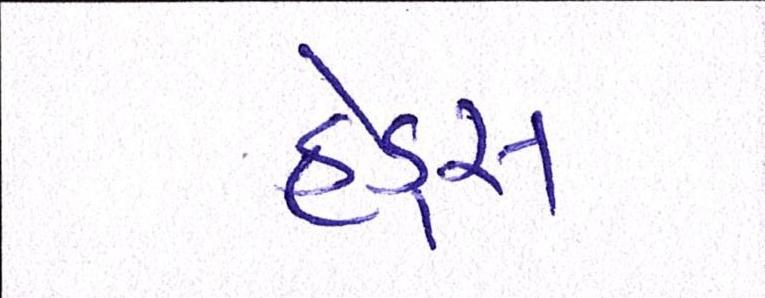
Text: હેડ્સ